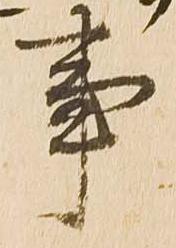
事